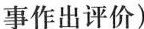
事作出评价)